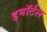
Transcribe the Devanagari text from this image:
इमॉर्टल